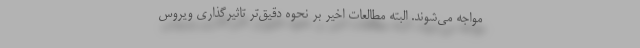
مواجه می‌شوند. البته مطالعات اخیر بر نحوه دقیق‌تر تاثیرگذاری ویروس